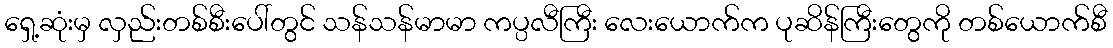
ရှေ့ဆုံးမှ လှည်းတစ်စီးပေါ်တွင် သန်သန်မာမာ ကပ္ပလီကြီး လေးယောက်က ပုဆိန်ကြီးတွေကို တစ်ယောက်စီ